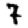
Digit: 7